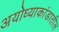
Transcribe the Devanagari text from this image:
अयोध्याकांडातील